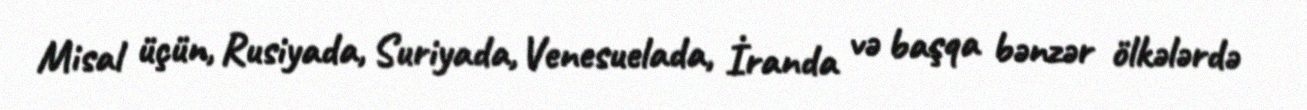
Misal üçün, Rusiyada, Suriyada, Venesuelada, İranda və başqa bənzər ölkələrdə